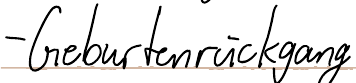
- Geburtenrückgang